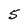
Character: 5